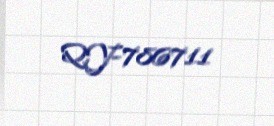
QY-786711